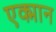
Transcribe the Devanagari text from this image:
एक्मान